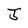
Character: J